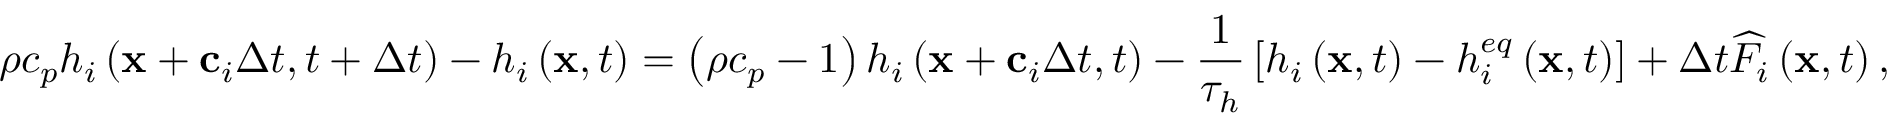
\rho { c _ { p } } { h _ { i } } \left( { { \bf { x } } + { { \bf { c } } _ { i } } \Delta t , t + \Delta t } \right) - { h _ { i } } \left( { { \bf { x } } , t } \right) = \left( { \rho { c _ { p } } - 1 } \right) { h _ { i } } \left( { { \bf { x } } + { { \bf { c } } _ { i } } \Delta t , t } \right) - \frac { 1 } { { { \tau _ { h } } } } \left[ { { h _ { i } } \left( { { \bf { x } } , t } \right) - h _ { i } ^ { e q } \left( { { \bf { x } } , t } \right) } \right] + \Delta t { \widehat F _ { i } } \left( { { \bf { x } } , t } \right) ,